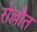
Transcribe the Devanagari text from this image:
रोल्लौत